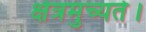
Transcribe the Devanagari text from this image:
क्षेत्रमुच्यते।